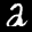
Label: 2